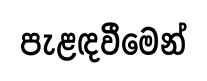
පැළඳවීමෙන්